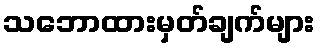
သဘောထားမှတ်ချက်များ